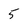
Character: 5